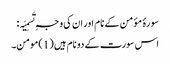
سورۂ مؤمن کے نام اور ان کی وجہِ تَسمِیَہ :
اس سورت کے دو نام ہیں (1)مومن۔